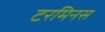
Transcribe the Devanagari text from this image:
टरमिनस